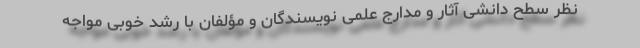
نظر سطح دانشی آثار و مدارج علمی نویسندگان و مؤلفان با رشد خوبی مواجه